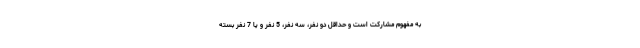
به مفهوم مشارکت است و حداقل دو نفر، سه نفر، 5 نفر و یا 7 نفر بسته